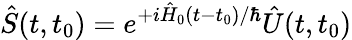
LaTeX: \hat{S}(t,t_{0})=e^{+i\hat{H}_{0}(t-t_{0})/\hbar}\hat{U}(t,t_{0})